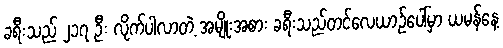
ခရီးသည် ၂၁၇ ဦး လိုက်ပါလာတဲ့ အမျိုးအစား ခရီးသည်တင်လေယာဉ်ပေါ်မှာ ယမန်နေ့